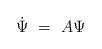
LaTeX: \begin{align*}\dot\Psi \ = \ A\Psi \end{align*}